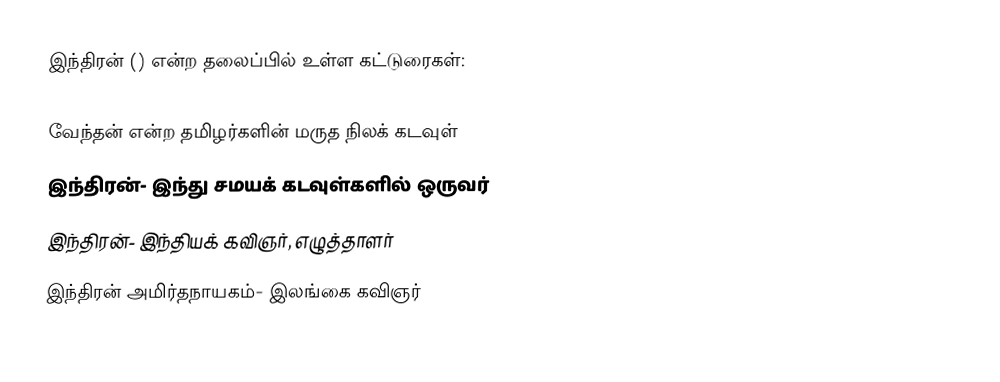
இந்திரன் () என்ற தலைப்பில் உள்ள கட்டுரைகள்:

 வேந்தன் என்ற தமிழர்களின் மருத நிலக் கடவுள்
 இந்திரன்- இந்து சமயக் கடவுள்களில் ஒருவர்
 இந்திரன்- இந்தியக் கவிஞர், எழுத்தாளர்
 இந்திரன் அமிர்தநாயகம்- இலங்கை கவிஞர்